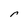
Character: r